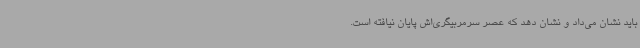
باید نشان می‌داد و نشان دهد که عصر سرمربیگری‌اش پایان نیافته است.